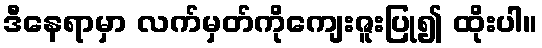
ဒီနေရာမှာ လက်မှတ်ကိုကျေးဇူးပြု၍ ထိုးပါ။